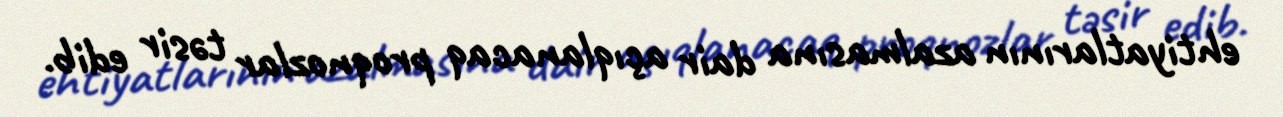
ehtiyatlarının azalmasına dair açıqlanacaq proqnozlar təsir edib.